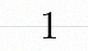
1